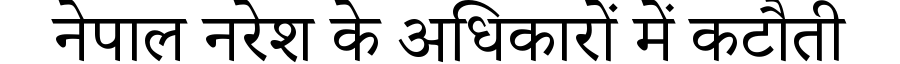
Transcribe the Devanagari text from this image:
नेपाल नरेश के अधिकारों में कटौती